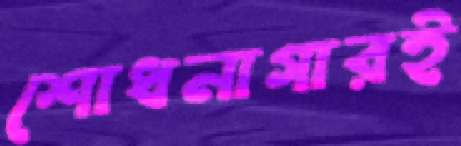
শোধনাগারই